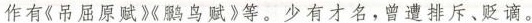
作有《吊屈原赋》鹏鸟赋》等。少有才名，曾遭排斥、贬谪。